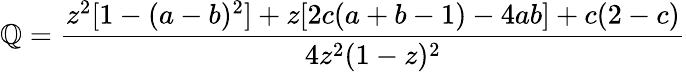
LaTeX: \mathbb{Q}={\frac{{z^{2}[1-(a-b)^{2}]+z[2c(a+b-1)-4ab]+c(2-c)}}{{4z^{2}(1-z)^{2}}}}